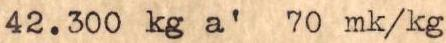
42.300 kg a' 70mk/kg